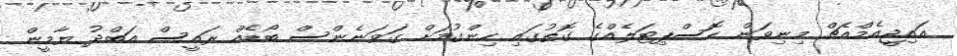
އައިޖީއެމްއެޗް މިނިވަން ހޮސްޕިޓަލެއްގެ ގޮތުގައި ހިންގުމަށް ގަވަނެންސް ބޯޑެއް ރައީސް އަބްދު ޔާމީން